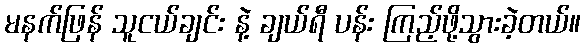
မနက်ဖြန် သူငယ်ချင်း နဲ့ ချယ်ရီ ပန်း ကြည့်ဖို့သွားခဲ့တယ်။